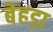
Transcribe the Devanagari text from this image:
बेहड़ा